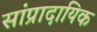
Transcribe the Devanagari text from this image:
सांप्रादायिक